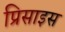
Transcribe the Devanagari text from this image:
प्रिसाइस